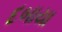
દબાયા